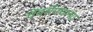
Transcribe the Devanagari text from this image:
चेंबर्समधल्या